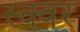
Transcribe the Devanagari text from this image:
स्क्वर